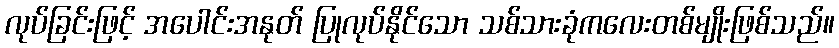
လုပ်ခြင်းဖြင့် အပေါင်းအနုတ် ပြုလုပ်နိုင်သော သစ်သားခုံကလေးတစ်မျိုးဖြစ်သည်။